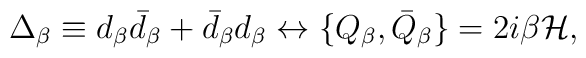
\Delta_{\beta}\equiv d_{\beta}\bar d_{\beta}+\bar d_{\beta}d_{\beta}                     \leftrightarrow      \{ Q_{\beta},\bar Q_{\beta}\} = 2i\beta {\cal H},